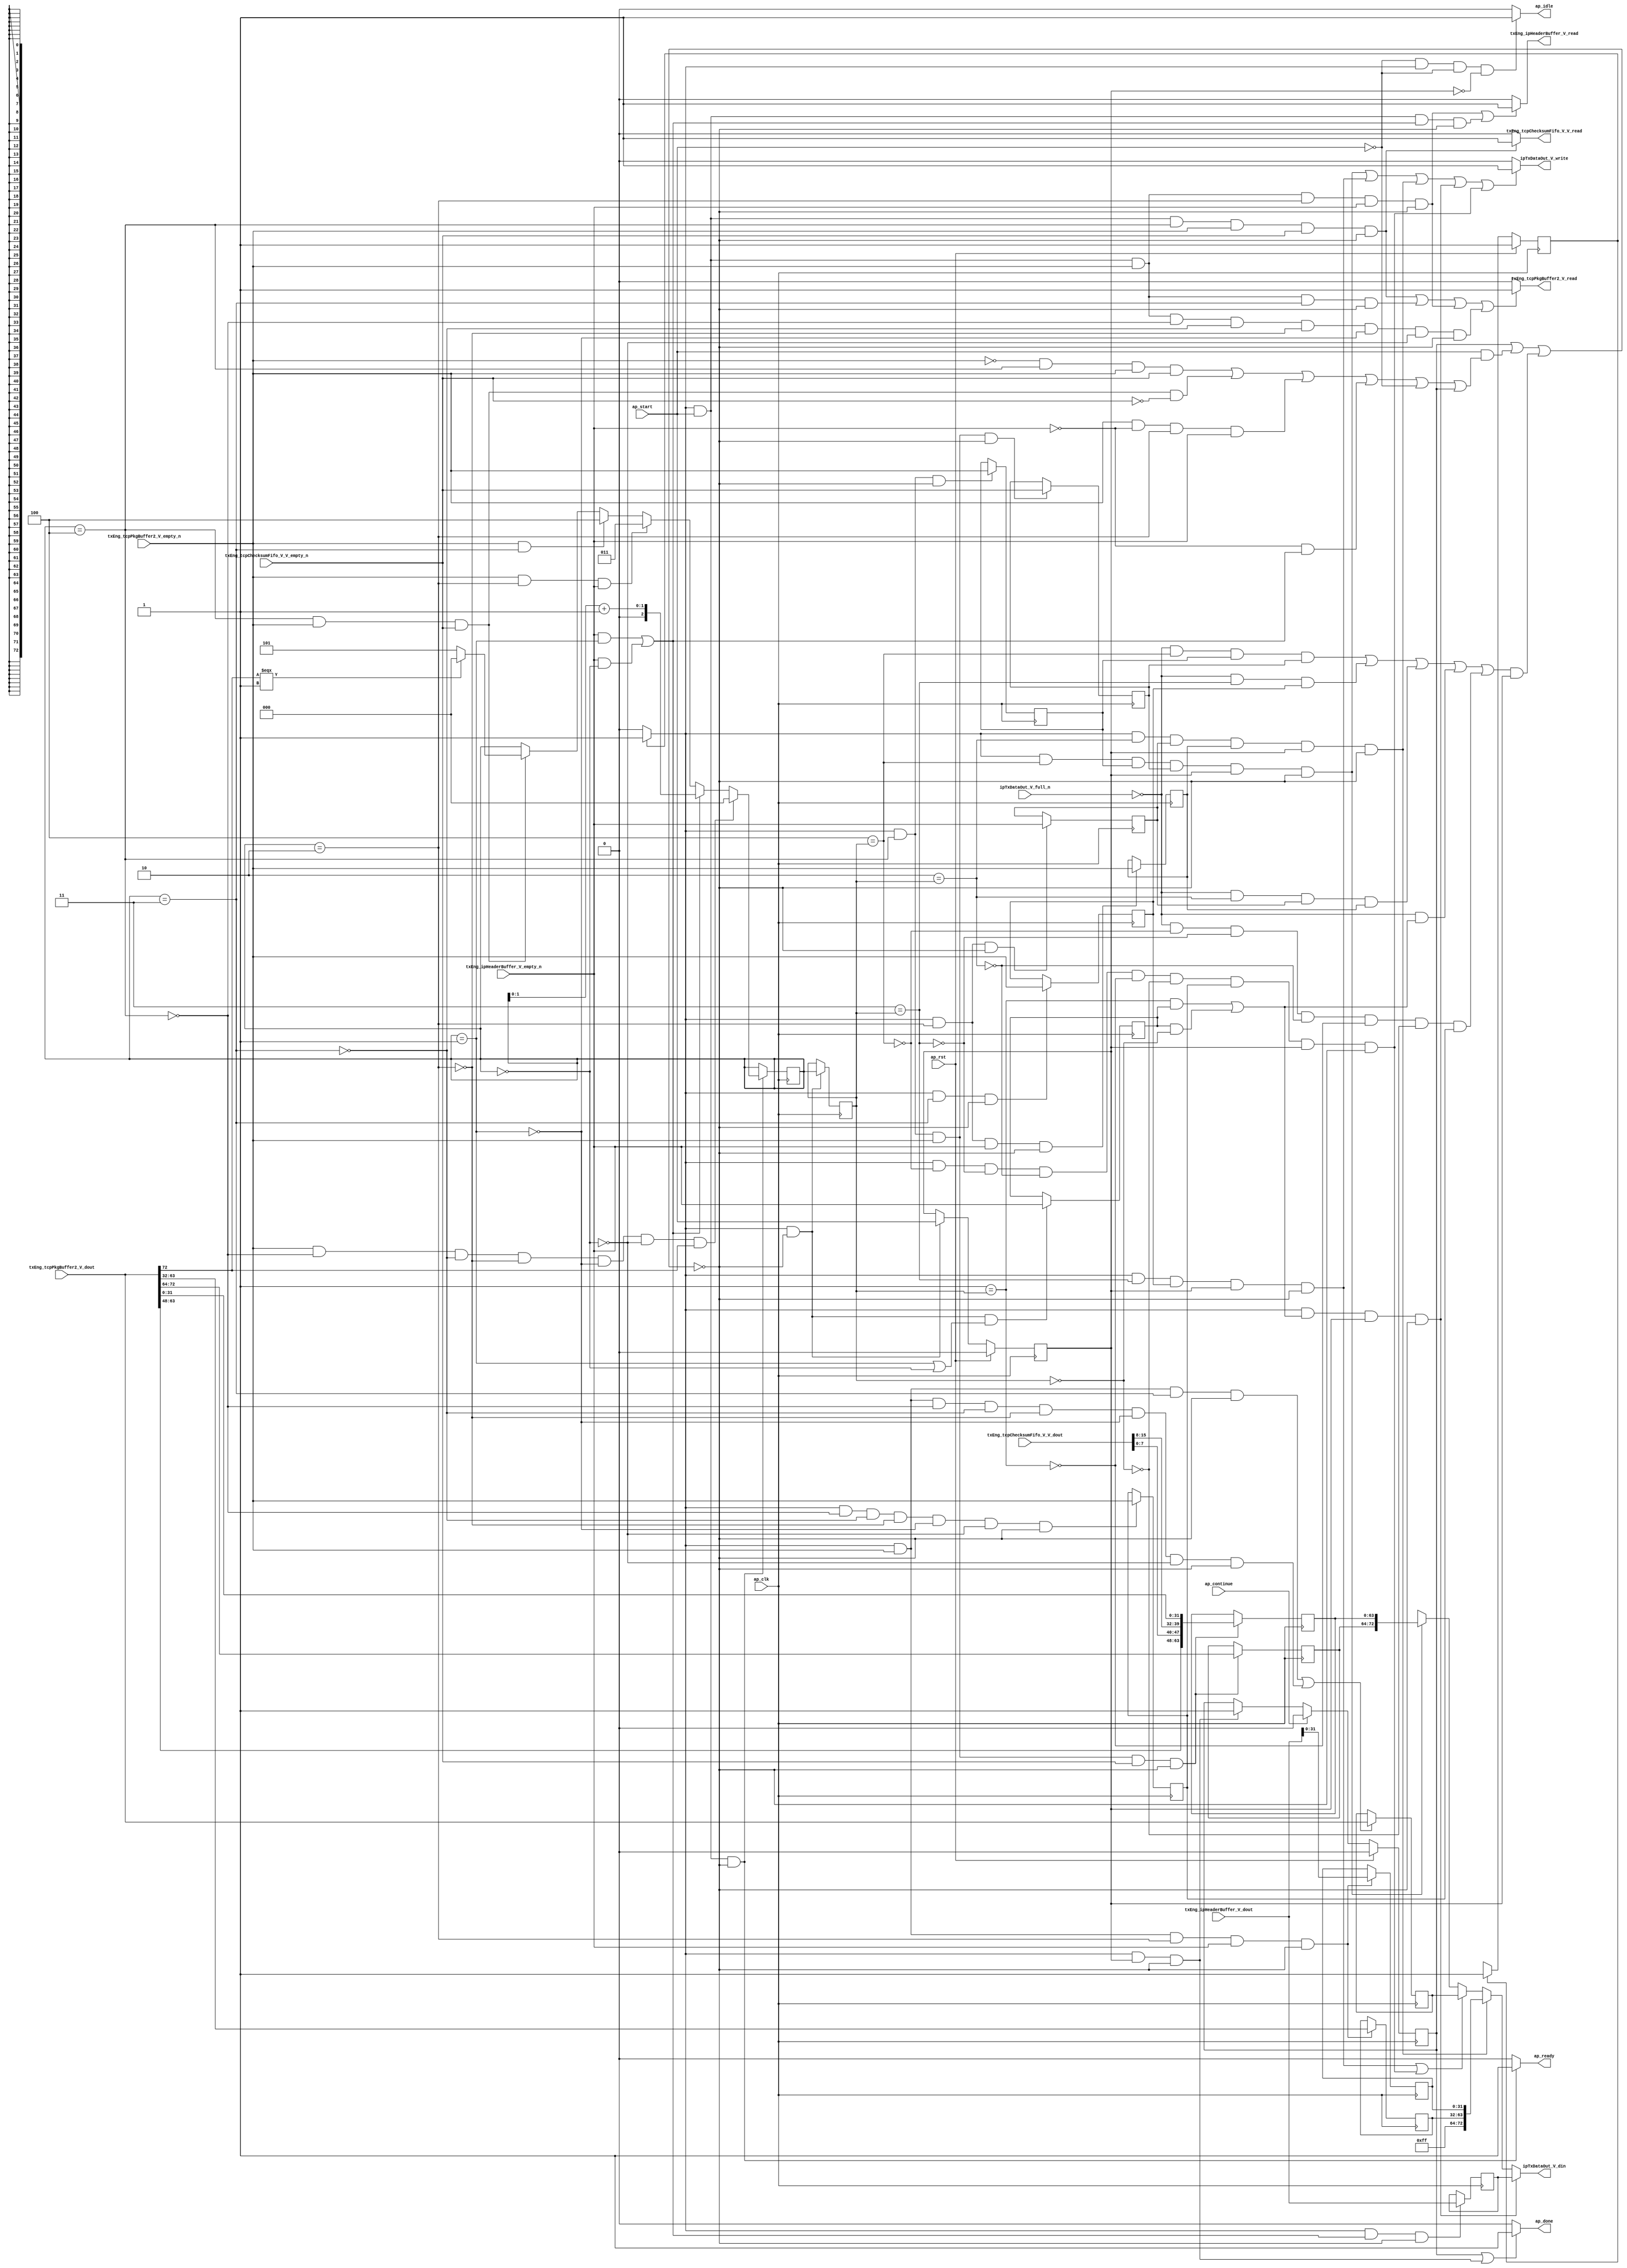
// ==============================================================
// RTL generated by Vivado(TM) HLS - High-Level Synthesis from C, C++ and SystemC
// Version: 2015.1
// Copyright (C) 2015 Xilinx Inc. All rights reserved.
// 
// ===========================================================

`timescale 1 ns / 1 ps 

module toe_pkgStitcher (
        ap_clk,
        ap_rst,
        ap_start,
        ap_done,
        ap_continue,
        ap_idle,
        ap_ready,
        txEng_tcpPkgBuffer2_V_dout,
        txEng_tcpPkgBuffer2_V_empty_n,
        txEng_tcpPkgBuffer2_V_read,
        txEng_tcpChecksumFifo_V_V_dout,
        txEng_tcpChecksumFifo_V_V_empty_n,
        txEng_tcpChecksumFifo_V_V_read,
        txEng_ipHeaderBuffer_V_dout,
        txEng_ipHeaderBuffer_V_empty_n,
        txEng_ipHeaderBuffer_V_read,
        ipTxDataOut_V_din,
        ipTxDataOut_V_full_n,
        ipTxDataOut_V_write
);

parameter    ap_const_logic_1 = 1'b1;
parameter    ap_const_logic_0 = 1'b0;
parameter    ap_ST_pp0_stg0_fsm_0 = 1'b1;
parameter    ap_const_lv32_0 = 32'b00000000000000000000000000000000;
parameter    ap_const_lv1_1 = 1'b1;
parameter    ap_const_lv3_4 = 3'b100;
parameter    ap_const_lv1_0 = 1'b0;
parameter    ap_const_lv3_3 = 3'b11;
parameter    ap_const_lv3_2 = 3'b10;
parameter    ap_const_lv3_1 = 3'b1;
parameter    ap_const_lv3_0 = 3'b000;
parameter    ap_const_lv32_48 = 32'b1001000;
parameter    ap_const_lv32_8 = 32'b1000;
parameter    ap_const_lv32_F = 32'b1111;
parameter    ap_const_lv32_20 = 32'b100000;
parameter    ap_const_lv32_2F = 32'b101111;
parameter    ap_const_lv32_40 = 32'b1000000;
parameter    ap_const_lv3_5 = 3'b101;
parameter    ap_const_lv32_3F = 32'b111111;
parameter    ap_const_lv2_1 = 2'b1;
parameter    ap_const_lv9_FF = 9'b11111111;
parameter    ap_true = 1'b1;

input   ap_clk;
input   ap_rst;
input   ap_start;
output   ap_done;
input   ap_continue;
output   ap_idle;
output   ap_ready;
input  [72:0] txEng_tcpPkgBuffer2_V_dout;
input   txEng_tcpPkgBuffer2_V_empty_n;
output   txEng_tcpPkgBuffer2_V_read;
input  [15:0] txEng_tcpChecksumFifo_V_V_dout;
input   txEng_tcpChecksumFifo_V_V_empty_n;
output   txEng_tcpChecksumFifo_V_V_read;
input  [72:0] txEng_ipHeaderBuffer_V_dout;
input   txEng_ipHeaderBuffer_V_empty_n;
output   txEng_ipHeaderBuffer_V_read;
output  [72:0] ipTxDataOut_V_din;
input   ipTxDataOut_V_full_n;
output   ipTxDataOut_V_write;

reg ap_done;
reg ap_idle;
reg ap_ready;
reg txEng_tcpPkgBuffer2_V_read;
reg txEng_tcpChecksumFifo_V_V_read;
reg txEng_ipHeaderBuffer_V_read;
reg[72:0] ipTxDataOut_V_din;
reg ipTxDataOut_V_write;
reg    ap_done_reg = 1'b0;
(* fsm_encoding = "none" *) reg   [0:0] ap_CS_fsm = 1'b1;
reg    ap_sig_cseq_ST_pp0_stg0_fsm_0;
reg    ap_sig_bdd_20;
wire    ap_reg_ppiten_pp0_it0;
reg    ap_reg_ppiten_pp0_it1 = 1'b0;
wire   [0:0] grp_nbreadreq_fu_124_p3;
wire   [0:0] tmp_74_nbreadreq_fu_132_p3;
wire   [0:0] grp_nbreadreq_fu_152_p3;
reg    ap_sig_bdd_106;
reg   [2:0] ps_wordCount_V_1_load_reg_321;
reg   [0:0] tmp_171_reg_325;
reg   [0:0] tmp_74_reg_329;
reg   [0:0] tmp_170_reg_343;
reg   [0:0] tmp_169_reg_347;
reg   [0:0] tmp_172_reg_351;
reg   [0:0] tmp_168_reg_365;
reg   [0:0] tmp_reg_374;
reg    ap_sig_bdd_167;
reg   [2:0] ps_wordCount_V_1 = 3'b000;
reg   [72:0] reg_182;
wire   [63:0] p_Result_s_263_fu_221_p5;
reg   [63:0] p_Result_s_263_reg_333;
reg   [8:0] tmp_202_reg_338;
wire   [31:0] tmp_666_fu_263_p1;
reg   [31:0] tmp_666_reg_355;
reg   [31:0] p_Result_s_reg_360;
reg   [72:0] tmp1_reg_369;
wire   [0:0] grp_fu_174_p3;
wire   [72:0] tmp_8_fu_305_p3;
wire   [72:0] tmp_4_fu_312_p4;
wire   [2:0] p_tmp_s_fu_243_p3;
wire   [2:0] tmp_cast_fu_289_p1;
wire   [7:0] tmp_669_fu_209_p1;
wire   [7:0] p_Result_49_fu_199_p4;
wire   [63:0] p_Val2_46_fu_195_p1;
wire   [15:0] tmp_201_fu_213_p3;
wire   [1:0] tmp_664_fu_191_p1;
wire   [1:0] tmp_s_fu_283_p2;
reg   [0:0] ap_NS_fsm;
reg    ap_sig_pprstidle_pp0;
reg    ap_sig_bdd_52;
reg    ap_sig_bdd_62;
reg    ap_sig_bdd_75;
reg    ap_sig_bdd_84;
reg    ap_sig_bdd_237;
reg    ap_sig_bdd_174;




/// the current state (ap_CS_fsm) of the state machine. ///
always @ (posedge ap_clk)
begin : ap_ret_ap_CS_fsm
    if (ap_rst == 1'b1) begin
        ap_CS_fsm <= ap_ST_pp0_stg0_fsm_0;
    end else begin
        ap_CS_fsm <= ap_NS_fsm;
    end
end

/// ap_done_reg assign process. ///
always @ (posedge ap_clk)
begin : ap_ret_ap_done_reg
    if (ap_rst == 1'b1) begin
        ap_done_reg <= ap_const_logic_0;
    end else begin
        if ((ap_const_logic_1 == ap_continue)) begin
            ap_done_reg <= ap_const_logic_0;
        end else if (((ap_const_logic_1 == ap_sig_cseq_ST_pp0_stg0_fsm_0) & (ap_const_logic_1 == ap_reg_ppiten_pp0_it1) & ~((ap_done_reg == ap_const_logic_1) | ((ap_const_logic_1 == ap_reg_ppiten_pp0_it0) & ap_sig_bdd_106) | (ap_sig_bdd_167 & (ap_const_logic_1 == ap_reg_ppiten_pp0_it1))))) begin
            ap_done_reg <= ap_const_logic_1;
        end
    end
end

/// ap_reg_ppiten_pp0_it1 assign process. ///
always @ (posedge ap_clk)
begin : ap_ret_ap_reg_ppiten_pp0_it1
    if (ap_rst == 1'b1) begin
        ap_reg_ppiten_pp0_it1 <= ap_const_logic_0;
    end else begin
        if (((ap_const_logic_1 == ap_sig_cseq_ST_pp0_stg0_fsm_0) & ~((ap_done_reg == ap_const_logic_1) | ((ap_const_logic_1 == ap_reg_ppiten_pp0_it0) & ap_sig_bdd_106) | (ap_sig_bdd_167 & (ap_const_logic_1 == ap_reg_ppiten_pp0_it1))))) begin
            ap_reg_ppiten_pp0_it1 <= ap_reg_ppiten_pp0_it0;
        end
    end
end

/// assign process. ///
always @(posedge ap_clk)
begin
    if (ap_sig_bdd_174) begin
        if (ap_sig_bdd_237) begin
            ps_wordCount_V_1 <= ap_const_lv3_0;
        end else if (ap_sig_bdd_84) begin
            ps_wordCount_V_1 <= tmp_cast_fu_289_p1;
        end else if (ap_sig_bdd_75) begin
            ps_wordCount_V_1 <= ap_const_lv3_3;
        end else if (ap_sig_bdd_62) begin
            ps_wordCount_V_1 <= ap_const_lv3_4;
        end else if (ap_sig_bdd_52) begin
            ps_wordCount_V_1 <= p_tmp_s_fu_243_p3;
        end
    end
end

/// assign process. ///
always @(posedge ap_clk)
begin
    if (((ap_const_logic_1 == ap_sig_cseq_ST_pp0_stg0_fsm_0) & (ps_wordCount_V_1 == ap_const_lv3_4) & ~(grp_nbreadreq_fu_124_p3 == ap_const_lv1_0) & ~(ap_const_lv1_0 == tmp_74_nbreadreq_fu_132_p3) & ~((ap_done_reg == ap_const_logic_1) | ((ap_const_logic_1 == ap_reg_ppiten_pp0_it0) & ap_sig_bdd_106) | (ap_sig_bdd_167 & (ap_const_logic_1 == ap_reg_ppiten_pp0_it1))))) begin
        p_Result_s_263_reg_333 <= p_Result_s_263_fu_221_p5;
        tmp_202_reg_338 <= {{txEng_tcpPkgBuffer2_V_dout[ap_const_lv32_48 : ap_const_lv32_40]}};
    end
end

/// assign process. ///
always @(posedge ap_clk)
begin
    if (((ap_const_logic_1 == ap_sig_cseq_ST_pp0_stg0_fsm_0) & ~(grp_nbreadreq_fu_124_p3 == ap_const_lv1_0) & (ps_wordCount_V_1 == ap_const_lv3_2) & ~(ap_const_lv1_0 == grp_nbreadreq_fu_152_p3) & ~((ap_done_reg == ap_const_logic_1) | ((ap_const_logic_1 == ap_reg_ppiten_pp0_it0) & ap_sig_bdd_106) | (ap_sig_bdd_167 & (ap_const_logic_1 == ap_reg_ppiten_pp0_it1))))) begin
        p_Result_s_reg_360 <= {{txEng_tcpPkgBuffer2_V_dout[ap_const_lv32_3F : ap_const_lv32_20]}};
        tmp_666_reg_355 <= tmp_666_fu_263_p1;
    end
end

/// assign process. ///
always @(posedge ap_clk)
begin
    if (((ap_const_logic_1 == ap_sig_cseq_ST_pp0_stg0_fsm_0) & ~((ap_done_reg == ap_const_logic_1) | ((ap_const_logic_1 == ap_reg_ppiten_pp0_it0) & ap_sig_bdd_106) | (ap_sig_bdd_167 & (ap_const_logic_1 == ap_reg_ppiten_pp0_it1))))) begin
        ps_wordCount_V_1_load_reg_321 <= ps_wordCount_V_1;
    end
end

/// assign process. ///
always @(posedge ap_clk)
begin
    if ((((ap_const_logic_1 == ap_sig_cseq_ST_pp0_stg0_fsm_0) & ~(grp_nbreadreq_fu_124_p3 == ap_const_lv1_0) & (ps_wordCount_V_1 == ap_const_lv3_3) & ~((ap_done_reg == ap_const_logic_1) | ((ap_const_logic_1 == ap_reg_ppiten_pp0_it0) & ap_sig_bdd_106) | (ap_sig_bdd_167 & (ap_const_logic_1 == ap_reg_ppiten_pp0_it1)))) | ((ap_const_logic_1 == ap_sig_cseq_ST_pp0_stg0_fsm_0) & ~(grp_nbreadreq_fu_124_p3 == ap_const_lv1_0) & ~(ps_wordCount_V_1 == ap_const_lv3_4) & ~(ps_wordCount_V_1 == ap_const_lv3_3) & ~(ps_wordCount_V_1 == ap_const_lv3_2) & ~(ps_wordCount_V_1 == ap_const_lv3_1) & ~(ps_wordCount_V_1 == ap_const_lv3_0) & ~((ap_done_reg == ap_const_logic_1) | ((ap_const_logic_1 == ap_reg_ppiten_pp0_it0) & ap_sig_bdd_106) | (ap_sig_bdd_167 & (ap_const_logic_1 == ap_reg_ppiten_pp0_it1)))))) begin
        reg_182 <= txEng_tcpPkgBuffer2_V_dout;
    end
end

/// assign process. ///
always @(posedge ap_clk)
begin
    if (((ap_const_logic_1 == ap_sig_cseq_ST_pp0_stg0_fsm_0) & ((~(ap_const_lv1_0 == grp_nbreadreq_fu_152_p3) & (ps_wordCount_V_1 == ap_const_lv3_1)) | (~(ap_const_lv1_0 == grp_nbreadreq_fu_152_p3) & (ps_wordCount_V_1 == ap_const_lv3_0))) & ~((ap_done_reg == ap_const_logic_1) | ((ap_const_logic_1 == ap_reg_ppiten_pp0_it0) & ap_sig_bdd_106) | (ap_sig_bdd_167 & (ap_const_logic_1 == ap_reg_ppiten_pp0_it1))))) begin
        tmp1_reg_369 <= txEng_ipHeaderBuffer_V_dout;
    end
end

/// assign process. ///
always @(posedge ap_clk)
begin
    if (((ap_const_logic_1 == ap_sig_cseq_ST_pp0_stg0_fsm_0) & ~((ap_done_reg == ap_const_logic_1) | ((ap_const_logic_1 == ap_reg_ppiten_pp0_it0) & ap_sig_bdd_106) | (ap_sig_bdd_167 & (ap_const_logic_1 == ap_reg_ppiten_pp0_it1))) & ((ps_wordCount_V_1 == ap_const_lv3_1) | (ps_wordCount_V_1 == ap_const_lv3_0)))) begin
        tmp_168_reg_365 <= grp_nbreadreq_fu_152_p3;
    end
end

/// assign process. ///
always @(posedge ap_clk)
begin
    if (((ap_const_logic_1 == ap_sig_cseq_ST_pp0_stg0_fsm_0) & (ps_wordCount_V_1 == ap_const_lv3_2) & ~((ap_done_reg == ap_const_logic_1) | ((ap_const_logic_1 == ap_reg_ppiten_pp0_it0) & ap_sig_bdd_106) | (ap_sig_bdd_167 & (ap_const_logic_1 == ap_reg_ppiten_pp0_it1))))) begin
        tmp_169_reg_347 <= grp_nbreadreq_fu_152_p3;
    end
end

/// assign process. ///
always @(posedge ap_clk)
begin
    if (((ap_const_logic_1 == ap_sig_cseq_ST_pp0_stg0_fsm_0) & (ps_wordCount_V_1 == ap_const_lv3_3) & ~((ap_done_reg == ap_const_logic_1) | ((ap_const_logic_1 == ap_reg_ppiten_pp0_it0) & ap_sig_bdd_106) | (ap_sig_bdd_167 & (ap_const_logic_1 == ap_reg_ppiten_pp0_it1))))) begin
        tmp_170_reg_343 <= grp_nbreadreq_fu_124_p3;
    end
end

/// assign process. ///
always @(posedge ap_clk)
begin
    if (((ap_const_logic_1 == ap_sig_cseq_ST_pp0_stg0_fsm_0) & (ps_wordCount_V_1 == ap_const_lv3_4) & ~((ap_done_reg == ap_const_logic_1) | ((ap_const_logic_1 == ap_reg_ppiten_pp0_it0) & ap_sig_bdd_106) | (ap_sig_bdd_167 & (ap_const_logic_1 == ap_reg_ppiten_pp0_it1))))) begin
        tmp_171_reg_325 <= grp_nbreadreq_fu_124_p3;
    end
end

/// assign process. ///
always @(posedge ap_clk)
begin
    if (((ap_const_logic_1 == ap_sig_cseq_ST_pp0_stg0_fsm_0) & (ps_wordCount_V_1 == ap_const_lv3_2) & ~(ap_const_lv1_0 == grp_nbreadreq_fu_152_p3) & ~((ap_done_reg == ap_const_logic_1) | ((ap_const_logic_1 == ap_reg_ppiten_pp0_it0) & ap_sig_bdd_106) | (ap_sig_bdd_167 & (ap_const_logic_1 == ap_reg_ppiten_pp0_it1))))) begin
        tmp_172_reg_351 <= grp_nbreadreq_fu_124_p3;
    end
end

/// assign process. ///
always @(posedge ap_clk)
begin
    if (((ap_const_logic_1 == ap_sig_cseq_ST_pp0_stg0_fsm_0) & (ps_wordCount_V_1 == ap_const_lv3_4) & ~(grp_nbreadreq_fu_124_p3 == ap_const_lv1_0) & ~((ap_done_reg == ap_const_logic_1) | ((ap_const_logic_1 == ap_reg_ppiten_pp0_it0) & ap_sig_bdd_106) | (ap_sig_bdd_167 & (ap_const_logic_1 == ap_reg_ppiten_pp0_it1))))) begin
        tmp_74_reg_329 <= tmp_74_nbreadreq_fu_132_p3;
    end
end

/// assign process. ///
always @(posedge ap_clk)
begin
    if (((ap_const_logic_1 == ap_sig_cseq_ST_pp0_stg0_fsm_0) & ~(ps_wordCount_V_1 == ap_const_lv3_4) & ~(ps_wordCount_V_1 == ap_const_lv3_3) & ~(ps_wordCount_V_1 == ap_const_lv3_2) & ~(ps_wordCount_V_1 == ap_const_lv3_1) & ~(ps_wordCount_V_1 == ap_const_lv3_0) & ~((ap_done_reg == ap_const_logic_1) | ((ap_const_logic_1 == ap_reg_ppiten_pp0_it0) & ap_sig_bdd_106) | (ap_sig_bdd_167 & (ap_const_logic_1 == ap_reg_ppiten_pp0_it1))))) begin
        tmp_reg_374 <= grp_nbreadreq_fu_124_p3;
    end
end

/// ap_done assign process. ///
always @ (ap_done_reg or ap_sig_cseq_ST_pp0_stg0_fsm_0 or ap_reg_ppiten_pp0_it0 or ap_reg_ppiten_pp0_it1 or ap_sig_bdd_106 or ap_sig_bdd_167)
begin
    if (((ap_const_logic_1 == ap_done_reg) | ((ap_const_logic_1 == ap_sig_cseq_ST_pp0_stg0_fsm_0) & (ap_const_logic_1 == ap_reg_ppiten_pp0_it1) & ~((ap_done_reg == ap_const_logic_1) | ((ap_const_logic_1 == ap_reg_ppiten_pp0_it0) & ap_sig_bdd_106) | (ap_sig_bdd_167 & (ap_const_logic_1 == ap_reg_ppiten_pp0_it1)))))) begin
        ap_done = ap_const_logic_1;
    end else begin
        ap_done = ap_const_logic_0;
    end
end

/// ap_idle assign process. ///
always @ (ap_start or ap_sig_cseq_ST_pp0_stg0_fsm_0 or ap_reg_ppiten_pp0_it0 or ap_reg_ppiten_pp0_it1)
begin
    if ((~(ap_const_logic_1 == ap_start) & (ap_const_logic_1 == ap_sig_cseq_ST_pp0_stg0_fsm_0) & (ap_const_logic_0 == ap_reg_ppiten_pp0_it0) & (ap_const_logic_0 == ap_reg_ppiten_pp0_it1))) begin
        ap_idle = ap_const_logic_1;
    end else begin
        ap_idle = ap_const_logic_0;
    end
end

/// ap_ready assign process. ///
always @ (ap_done_reg or ap_sig_cseq_ST_pp0_stg0_fsm_0 or ap_reg_ppiten_pp0_it0 or ap_reg_ppiten_pp0_it1 or ap_sig_bdd_106 or ap_sig_bdd_167)
begin
    if (((ap_const_logic_1 == ap_sig_cseq_ST_pp0_stg0_fsm_0) & (ap_const_logic_1 == ap_reg_ppiten_pp0_it0) & ~((ap_done_reg == ap_const_logic_1) | ((ap_const_logic_1 == ap_reg_ppiten_pp0_it0) & ap_sig_bdd_106) | (ap_sig_bdd_167 & (ap_const_logic_1 == ap_reg_ppiten_pp0_it1))))) begin
        ap_ready = ap_const_logic_1;
    end else begin
        ap_ready = ap_const_logic_0;
    end
end

/// ap_sig_cseq_ST_pp0_stg0_fsm_0 assign process. ///
always @ (ap_sig_bdd_20)
begin
    if (ap_sig_bdd_20) begin
        ap_sig_cseq_ST_pp0_stg0_fsm_0 = ap_const_logic_1;
    end else begin
        ap_sig_cseq_ST_pp0_stg0_fsm_0 = ap_const_logic_0;
    end
end

/// ap_sig_pprstidle_pp0 assign process. ///
always @ (ap_start or ap_reg_ppiten_pp0_it0)
begin
    if (((ap_const_logic_0 == ap_reg_ppiten_pp0_it0) & (ap_const_logic_0 == ap_start))) begin
        ap_sig_pprstidle_pp0 = ap_const_logic_1;
    end else begin
        ap_sig_pprstidle_pp0 = ap_const_logic_0;
    end
end

/// ipTxDataOut_V_din assign process. ///
always @ (ap_done_reg or ap_sig_cseq_ST_pp0_stg0_fsm_0 or ap_reg_ppiten_pp0_it0 or ap_reg_ppiten_pp0_it1 or ap_sig_bdd_106 or ps_wordCount_V_1_load_reg_321 or tmp_171_reg_325 or tmp_74_reg_329 or tmp_170_reg_343 or tmp_169_reg_347 or tmp_172_reg_351 or tmp_168_reg_365 or tmp_reg_374 or ap_sig_bdd_167 or reg_182 or tmp1_reg_369 or tmp_8_fu_305_p3 or tmp_4_fu_312_p4)
begin
    if (((ap_const_logic_1 == ap_sig_cseq_ST_pp0_stg0_fsm_0) & (((ap_const_lv3_1 == ps_wordCount_V_1_load_reg_321) & ~(ap_const_lv1_0 == tmp_168_reg_365)) | (~(ap_const_lv1_0 == tmp_168_reg_365) & (ap_const_lv3_0 == ps_wordCount_V_1_load_reg_321))) & (ap_const_logic_1 == ap_reg_ppiten_pp0_it1) & ~((ap_done_reg == ap_const_logic_1) | ((ap_const_logic_1 == ap_reg_ppiten_pp0_it0) & ap_sig_bdd_106) | (ap_sig_bdd_167 & (ap_const_logic_1 == ap_reg_ppiten_pp0_it1))))) begin
        ipTxDataOut_V_din = tmp1_reg_369;
    end else if (((ap_const_logic_1 == ap_sig_cseq_ST_pp0_stg0_fsm_0) & (ap_const_lv3_2 == ps_wordCount_V_1_load_reg_321) & ~(ap_const_lv1_0 == tmp_169_reg_347) & ~(ap_const_lv1_0 == tmp_172_reg_351) & (ap_const_logic_1 == ap_reg_ppiten_pp0_it1) & ~((ap_done_reg == ap_const_logic_1) | ((ap_const_logic_1 == ap_reg_ppiten_pp0_it0) & ap_sig_bdd_106) | (ap_sig_bdd_167 & (ap_const_logic_1 == ap_reg_ppiten_pp0_it1))))) begin
        ipTxDataOut_V_din = tmp_4_fu_312_p4;
    end else if ((((ap_const_logic_1 == ap_sig_cseq_ST_pp0_stg0_fsm_0) & (ap_const_lv3_3 == ps_wordCount_V_1_load_reg_321) & ~(ap_const_lv1_0 == tmp_170_reg_343) & (ap_const_logic_1 == ap_reg_ppiten_pp0_it1) & ~((ap_done_reg == ap_const_logic_1) | ((ap_const_logic_1 == ap_reg_ppiten_pp0_it0) & ap_sig_bdd_106) | (ap_sig_bdd_167 & (ap_const_logic_1 == ap_reg_ppiten_pp0_it1)))) | ((ap_const_logic_1 == ap_sig_cseq_ST_pp0_stg0_fsm_0) & ~(ap_const_lv3_4 == ps_wordCount_V_1_load_reg_321) & ~(ap_const_lv3_3 == ps_wordCount_V_1_load_reg_321) & ~(ap_const_lv3_2 == ps_wordCount_V_1_load_reg_321) & ~(ap_const_lv3_1 == ps_wordCount_V_1_load_reg_321) & ~(ap_const_lv3_0 == ps_wordCount_V_1_load_reg_321) & ~(ap_const_lv1_0 == tmp_reg_374) & (ap_const_logic_1 == ap_reg_ppiten_pp0_it1) & ~((ap_done_reg == ap_const_logic_1) | ((ap_const_logic_1 == ap_reg_ppiten_pp0_it0) & ap_sig_bdd_106) | (ap_sig_bdd_167 & (ap_const_logic_1 == ap_reg_ppiten_pp0_it1)))))) begin
        ipTxDataOut_V_din = reg_182;
    end else if (((ap_const_logic_1 == ap_sig_cseq_ST_pp0_stg0_fsm_0) & (ap_const_lv3_4 == ps_wordCount_V_1_load_reg_321) & ~(ap_const_lv1_0 == tmp_171_reg_325) & ~(ap_const_lv1_0 == tmp_74_reg_329) & (ap_const_logic_1 == ap_reg_ppiten_pp0_it1) & ~((ap_done_reg == ap_const_logic_1) | ((ap_const_logic_1 == ap_reg_ppiten_pp0_it0) & ap_sig_bdd_106) | (ap_sig_bdd_167 & (ap_const_logic_1 == ap_reg_ppiten_pp0_it1))))) begin
        ipTxDataOut_V_din = tmp_8_fu_305_p3;
    end else begin
        ipTxDataOut_V_din = 'bx;
    end
end

/// ipTxDataOut_V_write assign process. ///
always @ (ap_done_reg or ap_sig_cseq_ST_pp0_stg0_fsm_0 or ap_reg_ppiten_pp0_it0 or ap_reg_ppiten_pp0_it1 or ap_sig_bdd_106 or ps_wordCount_V_1_load_reg_321 or tmp_171_reg_325 or tmp_74_reg_329 or tmp_170_reg_343 or tmp_169_reg_347 or tmp_172_reg_351 or tmp_168_reg_365 or tmp_reg_374 or ap_sig_bdd_167)
begin
    if ((((ap_const_logic_1 == ap_sig_cseq_ST_pp0_stg0_fsm_0) & (ap_const_lv3_4 == ps_wordCount_V_1_load_reg_321) & ~(ap_const_lv1_0 == tmp_171_reg_325) & ~(ap_const_lv1_0 == tmp_74_reg_329) & (ap_const_logic_1 == ap_reg_ppiten_pp0_it1) & ~((ap_done_reg == ap_const_logic_1) | ((ap_const_logic_1 == ap_reg_ppiten_pp0_it0) & ap_sig_bdd_106) | (ap_sig_bdd_167 & (ap_const_logic_1 == ap_reg_ppiten_pp0_it1)))) | ((ap_const_logic_1 == ap_sig_cseq_ST_pp0_stg0_fsm_0) & (ap_const_lv3_3 == ps_wordCount_V_1_load_reg_321) & ~(ap_const_lv1_0 == tmp_170_reg_343) & (ap_const_logic_1 == ap_reg_ppiten_pp0_it1) & ~((ap_done_reg == ap_const_logic_1) | ((ap_const_logic_1 == ap_reg_ppiten_pp0_it0) & ap_sig_bdd_106) | (ap_sig_bdd_167 & (ap_const_logic_1 == ap_reg_ppiten_pp0_it1)))) | ((ap_const_logic_1 == ap_sig_cseq_ST_pp0_stg0_fsm_0) & (ap_const_lv3_2 == ps_wordCount_V_1_load_reg_321) & ~(ap_const_lv1_0 == tmp_169_reg_347) & ~(ap_const_lv1_0 == tmp_172_reg_351) & (ap_const_logic_1 == ap_reg_ppiten_pp0_it1) & ~((ap_done_reg == ap_const_logic_1) | ((ap_const_logic_1 == ap_reg_ppiten_pp0_it0) & ap_sig_bdd_106) | (ap_sig_bdd_167 & (ap_const_logic_1 == ap_reg_ppiten_pp0_it1)))) | ((ap_const_logic_1 == ap_sig_cseq_ST_pp0_stg0_fsm_0) & (((ap_const_lv3_1 == ps_wordCount_V_1_load_reg_321) & ~(ap_const_lv1_0 == tmp_168_reg_365)) | (~(ap_const_lv1_0 == tmp_168_reg_365) & (ap_const_lv3_0 == ps_wordCount_V_1_load_reg_321))) & (ap_const_logic_1 == ap_reg_ppiten_pp0_it1) & ~((ap_done_reg == ap_const_logic_1) | ((ap_const_logic_1 == ap_reg_ppiten_pp0_it0) & ap_sig_bdd_106) | (ap_sig_bdd_167 & (ap_const_logic_1 == ap_reg_ppiten_pp0_it1)))) | ((ap_const_logic_1 == ap_sig_cseq_ST_pp0_stg0_fsm_0) & ~(ap_const_lv3_4 == ps_wordCount_V_1_load_reg_321) & ~(ap_const_lv3_3 == ps_wordCount_V_1_load_reg_321) & ~(ap_const_lv3_2 == ps_wordCount_V_1_load_reg_321) & ~(ap_const_lv3_1 == ps_wordCount_V_1_load_reg_321) & ~(ap_const_lv3_0 == ps_wordCount_V_1_load_reg_321) & ~(ap_const_lv1_0 == tmp_reg_374) & (ap_const_logic_1 == ap_reg_ppiten_pp0_it1) & ~((ap_done_reg == ap_const_logic_1) | ((ap_const_logic_1 == ap_reg_ppiten_pp0_it0) & ap_sig_bdd_106) | (ap_sig_bdd_167 & (ap_const_logic_1 == ap_reg_ppiten_pp0_it1)))))) begin
        ipTxDataOut_V_write = ap_const_logic_1;
    end else begin
        ipTxDataOut_V_write = ap_const_logic_0;
    end
end

/// txEng_ipHeaderBuffer_V_read assign process. ///
always @ (ap_done_reg or ap_sig_cseq_ST_pp0_stg0_fsm_0 or ap_reg_ppiten_pp0_it0 or ap_reg_ppiten_pp0_it1 or grp_nbreadreq_fu_124_p3 or grp_nbreadreq_fu_152_p3 or ap_sig_bdd_106 or ap_sig_bdd_167 or ps_wordCount_V_1)
begin
    if ((((ap_const_logic_1 == ap_sig_cseq_ST_pp0_stg0_fsm_0) & (ap_const_logic_1 == ap_reg_ppiten_pp0_it0) & ~(grp_nbreadreq_fu_124_p3 == ap_const_lv1_0) & (ps_wordCount_V_1 == ap_const_lv3_2) & ~(ap_const_lv1_0 == grp_nbreadreq_fu_152_p3) & ~((ap_done_reg == ap_const_logic_1) | ((ap_const_logic_1 == ap_reg_ppiten_pp0_it0) & ap_sig_bdd_106) | (ap_sig_bdd_167 & (ap_const_logic_1 == ap_reg_ppiten_pp0_it1)))) | ((ap_const_logic_1 == ap_sig_cseq_ST_pp0_stg0_fsm_0) & (ap_const_logic_1 == ap_reg_ppiten_pp0_it0) & ((~(ap_const_lv1_0 == grp_nbreadreq_fu_152_p3) & (ps_wordCount_V_1 == ap_const_lv3_1)) | (~(ap_const_lv1_0 == grp_nbreadreq_fu_152_p3) & (ps_wordCount_V_1 == ap_const_lv3_0))) & ~((ap_done_reg == ap_const_logic_1) | ((ap_const_logic_1 == ap_reg_ppiten_pp0_it0) & ap_sig_bdd_106) | (ap_sig_bdd_167 & (ap_const_logic_1 == ap_reg_ppiten_pp0_it1)))))) begin
        txEng_ipHeaderBuffer_V_read = ap_const_logic_1;
    end else begin
        txEng_ipHeaderBuffer_V_read = ap_const_logic_0;
    end
end

/// txEng_tcpChecksumFifo_V_V_read assign process. ///
always @ (ap_done_reg or ap_sig_cseq_ST_pp0_stg0_fsm_0 or ap_reg_ppiten_pp0_it0 or ap_reg_ppiten_pp0_it1 or grp_nbreadreq_fu_124_p3 or tmp_74_nbreadreq_fu_132_p3 or ap_sig_bdd_106 or ap_sig_bdd_167 or ps_wordCount_V_1)
begin
    if (((ap_const_logic_1 == ap_sig_cseq_ST_pp0_stg0_fsm_0) & (ap_const_logic_1 == ap_reg_ppiten_pp0_it0) & (ps_wordCount_V_1 == ap_const_lv3_4) & ~(grp_nbreadreq_fu_124_p3 == ap_const_lv1_0) & ~(ap_const_lv1_0 == tmp_74_nbreadreq_fu_132_p3) & ~((ap_done_reg == ap_const_logic_1) | ((ap_const_logic_1 == ap_reg_ppiten_pp0_it0) & ap_sig_bdd_106) | (ap_sig_bdd_167 & (ap_const_logic_1 == ap_reg_ppiten_pp0_it1))))) begin
        txEng_tcpChecksumFifo_V_V_read = ap_const_logic_1;
    end else begin
        txEng_tcpChecksumFifo_V_V_read = ap_const_logic_0;
    end
end

/// txEng_tcpPkgBuffer2_V_read assign process. ///
always @ (ap_done_reg or ap_sig_cseq_ST_pp0_stg0_fsm_0 or ap_reg_ppiten_pp0_it0 or ap_reg_ppiten_pp0_it1 or grp_nbreadreq_fu_124_p3 or tmp_74_nbreadreq_fu_132_p3 or grp_nbreadreq_fu_152_p3 or ap_sig_bdd_106 or ap_sig_bdd_167 or ps_wordCount_V_1)
begin
    if ((((ap_const_logic_1 == ap_sig_cseq_ST_pp0_stg0_fsm_0) & (ap_const_logic_1 == ap_reg_ppiten_pp0_it0) & (ps_wordCount_V_1 == ap_const_lv3_4) & ~(grp_nbreadreq_fu_124_p3 == ap_const_lv1_0) & ~(ap_const_lv1_0 == tmp_74_nbreadreq_fu_132_p3) & ~((ap_done_reg == ap_const_logic_1) | ((ap_const_logic_1 == ap_reg_ppiten_pp0_it0) & ap_sig_bdd_106) | (ap_sig_bdd_167 & (ap_const_logic_1 == ap_reg_ppiten_pp0_it1)))) | ((ap_const_logic_1 == ap_sig_cseq_ST_pp0_stg0_fsm_0) & (ap_const_logic_1 == ap_reg_ppiten_pp0_it0) & ~(grp_nbreadreq_fu_124_p3 == ap_const_lv1_0) & (ps_wordCount_V_1 == ap_const_lv3_3) & ~((ap_done_reg == ap_const_logic_1) | ((ap_const_logic_1 == ap_reg_ppiten_pp0_it0) & ap_sig_bdd_106) | (ap_sig_bdd_167 & (ap_const_logic_1 == ap_reg_ppiten_pp0_it1)))) | ((ap_const_logic_1 == ap_sig_cseq_ST_pp0_stg0_fsm_0) & (ap_const_logic_1 == ap_reg_ppiten_pp0_it0) & ~(grp_nbreadreq_fu_124_p3 == ap_const_lv1_0) & (ps_wordCount_V_1 == ap_const_lv3_2) & ~(ap_const_lv1_0 == grp_nbreadreq_fu_152_p3) & ~((ap_done_reg == ap_const_logic_1) | ((ap_const_logic_1 == ap_reg_ppiten_pp0_it0) & ap_sig_bdd_106) | (ap_sig_bdd_167 & (ap_const_logic_1 == ap_reg_ppiten_pp0_it1)))) | ((ap_const_logic_1 == ap_sig_cseq_ST_pp0_stg0_fsm_0) & (ap_const_logic_1 == ap_reg_ppiten_pp0_it0) & ~(grp_nbreadreq_fu_124_p3 == ap_const_lv1_0) & ~(ps_wordCount_V_1 == ap_const_lv3_4) & ~(ps_wordCount_V_1 == ap_const_lv3_3) & ~(ps_wordCount_V_1 == ap_const_lv3_2) & ~(ps_wordCount_V_1 == ap_const_lv3_1) & ~(ps_wordCount_V_1 == ap_const_lv3_0) & ~((ap_done_reg == ap_const_logic_1) | ((ap_const_logic_1 == ap_reg_ppiten_pp0_it0) & ap_sig_bdd_106) | (ap_sig_bdd_167 & (ap_const_logic_1 == ap_reg_ppiten_pp0_it1)))))) begin
        txEng_tcpPkgBuffer2_V_read = ap_const_logic_1;
    end else begin
        txEng_tcpPkgBuffer2_V_read = ap_const_logic_0;
    end
end
/// the next state (ap_NS_fsm) of the state machine. ///
always @ (ap_done_reg or ap_CS_fsm or ap_reg_ppiten_pp0_it0 or ap_reg_ppiten_pp0_it1 or ap_sig_bdd_106 or ap_sig_bdd_167 or ap_sig_pprstidle_pp0)
begin
    case (ap_CS_fsm)
        ap_ST_pp0_stg0_fsm_0 : 
        begin
            ap_NS_fsm = ap_ST_pp0_stg0_fsm_0;
        end
        default : 
        begin
            ap_NS_fsm = 'bx;
        end
    endcase
end

assign ap_reg_ppiten_pp0_it0 = ap_start;

/// ap_sig_bdd_106 assign process. ///
always @ (ap_start or ap_done_reg or txEng_tcpPkgBuffer2_V_empty_n or grp_nbreadreq_fu_124_p3 or tmp_74_nbreadreq_fu_132_p3 or txEng_tcpChecksumFifo_V_V_empty_n or txEng_ipHeaderBuffer_V_empty_n or grp_nbreadreq_fu_152_p3 or ps_wordCount_V_1)
begin
    ap_sig_bdd_106 = (((txEng_tcpPkgBuffer2_V_empty_n == ap_const_logic_0) & (ps_wordCount_V_1 == ap_const_lv3_4) & ~(grp_nbreadreq_fu_124_p3 == ap_const_lv1_0) & ~(ap_const_lv1_0 == tmp_74_nbreadreq_fu_132_p3)) | ((ps_wordCount_V_1 == ap_const_lv3_4) & ~(grp_nbreadreq_fu_124_p3 == ap_const_lv1_0) & ~(ap_const_lv1_0 == tmp_74_nbreadreq_fu_132_p3) & (txEng_tcpChecksumFifo_V_V_empty_n == ap_const_logic_0)) | ((txEng_tcpPkgBuffer2_V_empty_n == ap_const_logic_0) & ~(grp_nbreadreq_fu_124_p3 == ap_const_lv1_0) & (ps_wordCount_V_1 == ap_const_lv3_3)) | (~(grp_nbreadreq_fu_124_p3 == ap_const_lv1_0) & (txEng_ipHeaderBuffer_V_empty_n == ap_const_logic_0) & (ps_wordCount_V_1 == ap_const_lv3_2) & ~(ap_const_lv1_0 == grp_nbreadreq_fu_152_p3)) | ((txEng_tcpPkgBuffer2_V_empty_n == ap_const_logic_0) & ~(grp_nbreadreq_fu_124_p3 == ap_const_lv1_0) & (ps_wordCount_V_1 == ap_const_lv3_2) & ~(ap_const_lv1_0 == grp_nbreadreq_fu_152_p3)) | ((txEng_ipHeaderBuffer_V_empty_n == ap_const_logic_0) & ((~(ap_const_lv1_0 == grp_nbreadreq_fu_152_p3) & (ps_wordCount_V_1 == ap_const_lv3_1)) | (~(ap_const_lv1_0 == grp_nbreadreq_fu_152_p3) & (ps_wordCount_V_1 == ap_const_lv3_0)))) | ((txEng_tcpPkgBuffer2_V_empty_n == ap_const_logic_0) & ~(grp_nbreadreq_fu_124_p3 == ap_const_lv1_0) & ~(ps_wordCount_V_1 == ap_const_lv3_4) & ~(ps_wordCount_V_1 == ap_const_lv3_3) & ~(ps_wordCount_V_1 == ap_const_lv3_2) & ~(ps_wordCount_V_1 == ap_const_lv3_1) & ~(ps_wordCount_V_1 == ap_const_lv3_0)) | (ap_start == ap_const_logic_0) | (ap_done_reg == ap_const_logic_1));
end

/// ap_sig_bdd_167 assign process. ///
always @ (ipTxDataOut_V_full_n or ps_wordCount_V_1_load_reg_321 or tmp_171_reg_325 or tmp_74_reg_329 or tmp_170_reg_343 or tmp_169_reg_347 or tmp_172_reg_351 or tmp_168_reg_365 or tmp_reg_374)
begin
    ap_sig_bdd_167 = (((ipTxDataOut_V_full_n == ap_const_logic_0) & (ap_const_lv3_4 == ps_wordCount_V_1_load_reg_321) & ~(ap_const_lv1_0 == tmp_171_reg_325) & ~(ap_const_lv1_0 == tmp_74_reg_329)) | ((ipTxDataOut_V_full_n == ap_const_logic_0) & (ap_const_lv3_3 == ps_wordCount_V_1_load_reg_321) & ~(ap_const_lv1_0 == tmp_170_reg_343)) | ((ipTxDataOut_V_full_n == ap_const_logic_0) & (ap_const_lv3_2 == ps_wordCount_V_1_load_reg_321) & ~(ap_const_lv1_0 == tmp_169_reg_347) & ~(ap_const_lv1_0 == tmp_172_reg_351)) | ((ipTxDataOut_V_full_n == ap_const_logic_0) & (((ap_const_lv3_1 == ps_wordCount_V_1_load_reg_321) & ~(ap_const_lv1_0 == tmp_168_reg_365)) | (~(ap_const_lv1_0 == tmp_168_reg_365) & (ap_const_lv3_0 == ps_wordCount_V_1_load_reg_321)))) | ((ipTxDataOut_V_full_n == ap_const_logic_0) & ~(ap_const_lv3_4 == ps_wordCount_V_1_load_reg_321) & ~(ap_const_lv3_3 == ps_wordCount_V_1_load_reg_321) & ~(ap_const_lv3_2 == ps_wordCount_V_1_load_reg_321) & ~(ap_const_lv3_1 == ps_wordCount_V_1_load_reg_321) & ~(ap_const_lv3_0 == ps_wordCount_V_1_load_reg_321) & ~(ap_const_lv1_0 == tmp_reg_374)));
end

/// ap_sig_bdd_174 assign process. ///
always @ (ap_done_reg or ap_sig_cseq_ST_pp0_stg0_fsm_0 or ap_reg_ppiten_pp0_it0 or ap_reg_ppiten_pp0_it1 or ap_sig_bdd_106 or ap_sig_bdd_167)
begin
    ap_sig_bdd_174 = ((ap_const_logic_1 == ap_sig_cseq_ST_pp0_stg0_fsm_0) & (ap_const_logic_1 == ap_reg_ppiten_pp0_it0) & ~((ap_done_reg == ap_const_logic_1) | ((ap_const_logic_1 == ap_reg_ppiten_pp0_it0) & ap_sig_bdd_106) | (ap_sig_bdd_167 & (ap_const_logic_1 == ap_reg_ppiten_pp0_it1))));
end

/// ap_sig_bdd_20 assign process. ///
always @ (ap_CS_fsm)
begin
    ap_sig_bdd_20 = (ap_CS_fsm[ap_const_lv32_0] == ap_const_lv1_1);
end

/// ap_sig_bdd_237 assign process. ///
always @ (grp_nbreadreq_fu_124_p3 or ps_wordCount_V_1 or grp_fu_174_p3)
begin
    ap_sig_bdd_237 = (~(grp_nbreadreq_fu_124_p3 == ap_const_lv1_0) & ~(ps_wordCount_V_1 == ap_const_lv3_4) & ~(ps_wordCount_V_1 == ap_const_lv3_3) & ~(ps_wordCount_V_1 == ap_const_lv3_2) & ~(ps_wordCount_V_1 == ap_const_lv3_1) & ~(ps_wordCount_V_1 == ap_const_lv3_0) & ~(ap_const_lv1_0 == grp_fu_174_p3));
end

/// ap_sig_bdd_52 assign process. ///
always @ (grp_nbreadreq_fu_124_p3 or tmp_74_nbreadreq_fu_132_p3 or ps_wordCount_V_1)
begin
    ap_sig_bdd_52 = ((ps_wordCount_V_1 == ap_const_lv3_4) & ~(grp_nbreadreq_fu_124_p3 == ap_const_lv1_0) & ~(ap_const_lv1_0 == tmp_74_nbreadreq_fu_132_p3));
end

/// ap_sig_bdd_62 assign process. ///
always @ (grp_nbreadreq_fu_124_p3 or ps_wordCount_V_1)
begin
    ap_sig_bdd_62 = (~(grp_nbreadreq_fu_124_p3 == ap_const_lv1_0) & (ps_wordCount_V_1 == ap_const_lv3_3));
end

/// ap_sig_bdd_75 assign process. ///
always @ (grp_nbreadreq_fu_124_p3 or grp_nbreadreq_fu_152_p3 or ps_wordCount_V_1)
begin
    ap_sig_bdd_75 = (~(grp_nbreadreq_fu_124_p3 == ap_const_lv1_0) & (ps_wordCount_V_1 == ap_const_lv3_2) & ~(ap_const_lv1_0 == grp_nbreadreq_fu_152_p3));
end

/// ap_sig_bdd_84 assign process. ///
always @ (grp_nbreadreq_fu_152_p3 or ps_wordCount_V_1)
begin
    ap_sig_bdd_84 = ((~(ap_const_lv1_0 == grp_nbreadreq_fu_152_p3) & (ps_wordCount_V_1 == ap_const_lv3_1)) | (~(ap_const_lv1_0 == grp_nbreadreq_fu_152_p3) & (ps_wordCount_V_1 == ap_const_lv3_0)));
end
assign grp_fu_174_p3 = txEng_tcpPkgBuffer2_V_dout[ap_const_lv32_48];
assign grp_nbreadreq_fu_124_p3 = txEng_tcpPkgBuffer2_V_empty_n;
assign grp_nbreadreq_fu_152_p3 = txEng_ipHeaderBuffer_V_empty_n;
assign p_Result_49_fu_199_p4 = {{txEng_tcpChecksumFifo_V_V_dout[ap_const_lv32_F : ap_const_lv32_8]}};
assign p_Result_s_263_fu_221_p5 = {{p_Val2_46_fu_195_p1[32'd63 : 32'd48]}, {tmp_201_fu_213_p3}, {p_Val2_46_fu_195_p1[32'd31 : 32'd0]}};
assign p_Val2_46_fu_195_p1 = txEng_tcpPkgBuffer2_V_dout[63:0];
assign p_tmp_s_fu_243_p3 = ((grp_fu_174_p3[0:0]===1'b1)? ap_const_lv3_0: ap_const_lv3_5);
assign tmp_201_fu_213_p3 = {{tmp_669_fu_209_p1}, {p_Result_49_fu_199_p4}};
assign tmp_4_fu_312_p4 = {{{{ap_const_lv9_FF}, {p_Result_s_reg_360}}}, {tmp_666_reg_355}};
assign tmp_664_fu_191_p1 = ps_wordCount_V_1[1:0];
assign tmp_666_fu_263_p1 = txEng_ipHeaderBuffer_V_dout[31:0];
assign tmp_669_fu_209_p1 = txEng_tcpChecksumFifo_V_V_dout[7:0];
assign tmp_74_nbreadreq_fu_132_p3 = txEng_tcpChecksumFifo_V_V_empty_n;
assign tmp_8_fu_305_p3 = {{tmp_202_reg_338}, {p_Result_s_263_reg_333}};
assign tmp_cast_fu_289_p1 = tmp_s_fu_283_p2;
assign tmp_s_fu_283_p2 = (tmp_664_fu_191_p1 + ap_const_lv2_1);


endmodule //toe_pkgStitcher